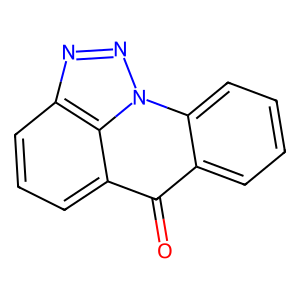
SMILES: O=c1c2ccccc2n2nnc3cccc1c32
Inhibits HIV replication: No